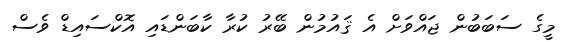
މީގެ ސަބަބުން ޖައްވަށް އެ ޤައުމުން ބޭރު ކުރާ ކާބަންޑައި އޮކްސައިޑް ވެސް